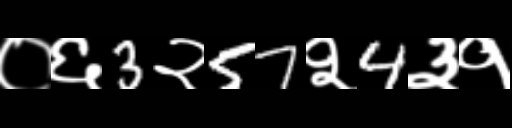
Text: ०६3२57२4३१